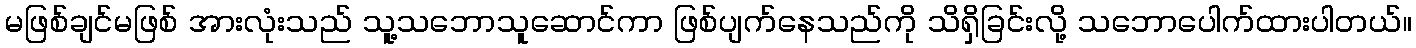
မဖြစ်ချင်မဖြစ် အားလုံးသည် သူ့သဘောသူဆောင်ကာ ဖြစ်ပျက်နေသည်ကို သိရှိခြင်းလို့ သဘောပေါက်ထားပါတယ်။